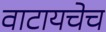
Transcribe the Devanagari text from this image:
वाटायचेच